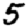
Digit: 5